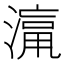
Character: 𱨡